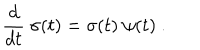
LaTeX: { \frac { d } { d t } } \ \sigma ( t ) = \sigma ( t ) \ \psi ( t ) \ .